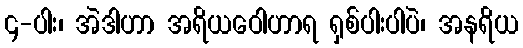
၄-ပါး၊ အဲဒါဟာ အရိယဝေါဟာရ ရှစ်ပါးပါပဲ၊ အနရိယ